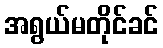
အရွယ်မတိုင်ခင်